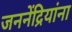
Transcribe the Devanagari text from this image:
जननेंद्रियांना